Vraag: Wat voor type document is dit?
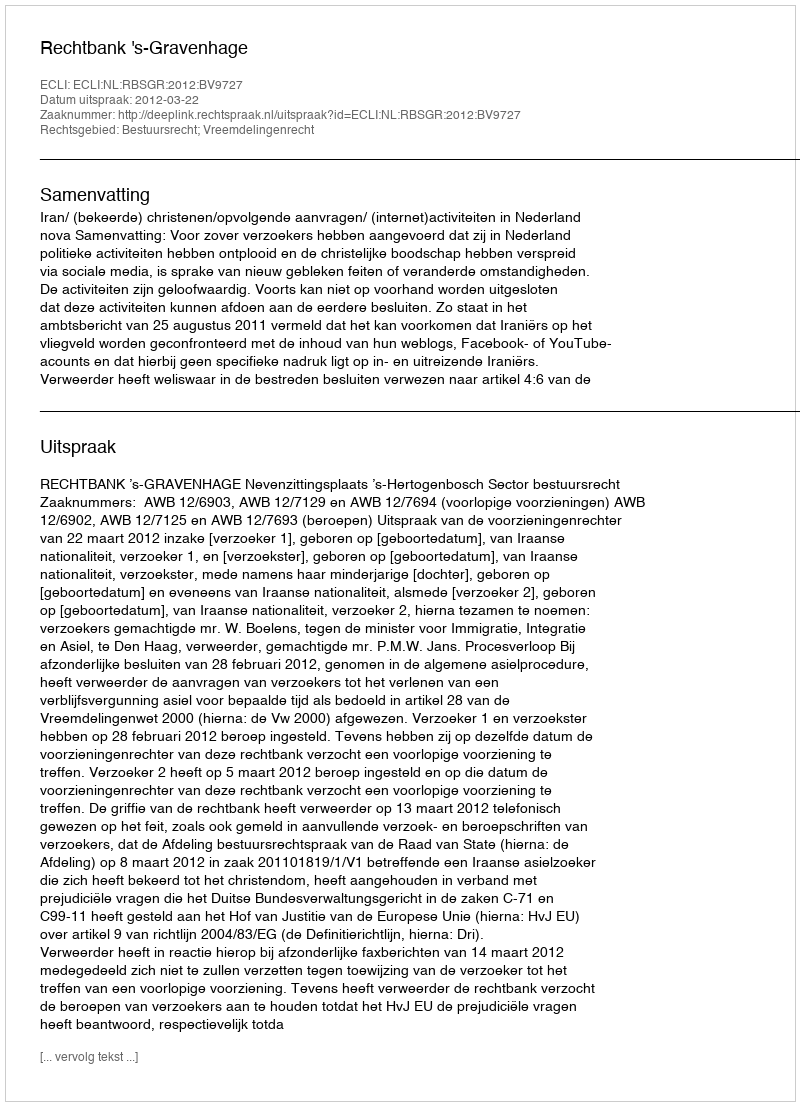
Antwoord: Uitspraak